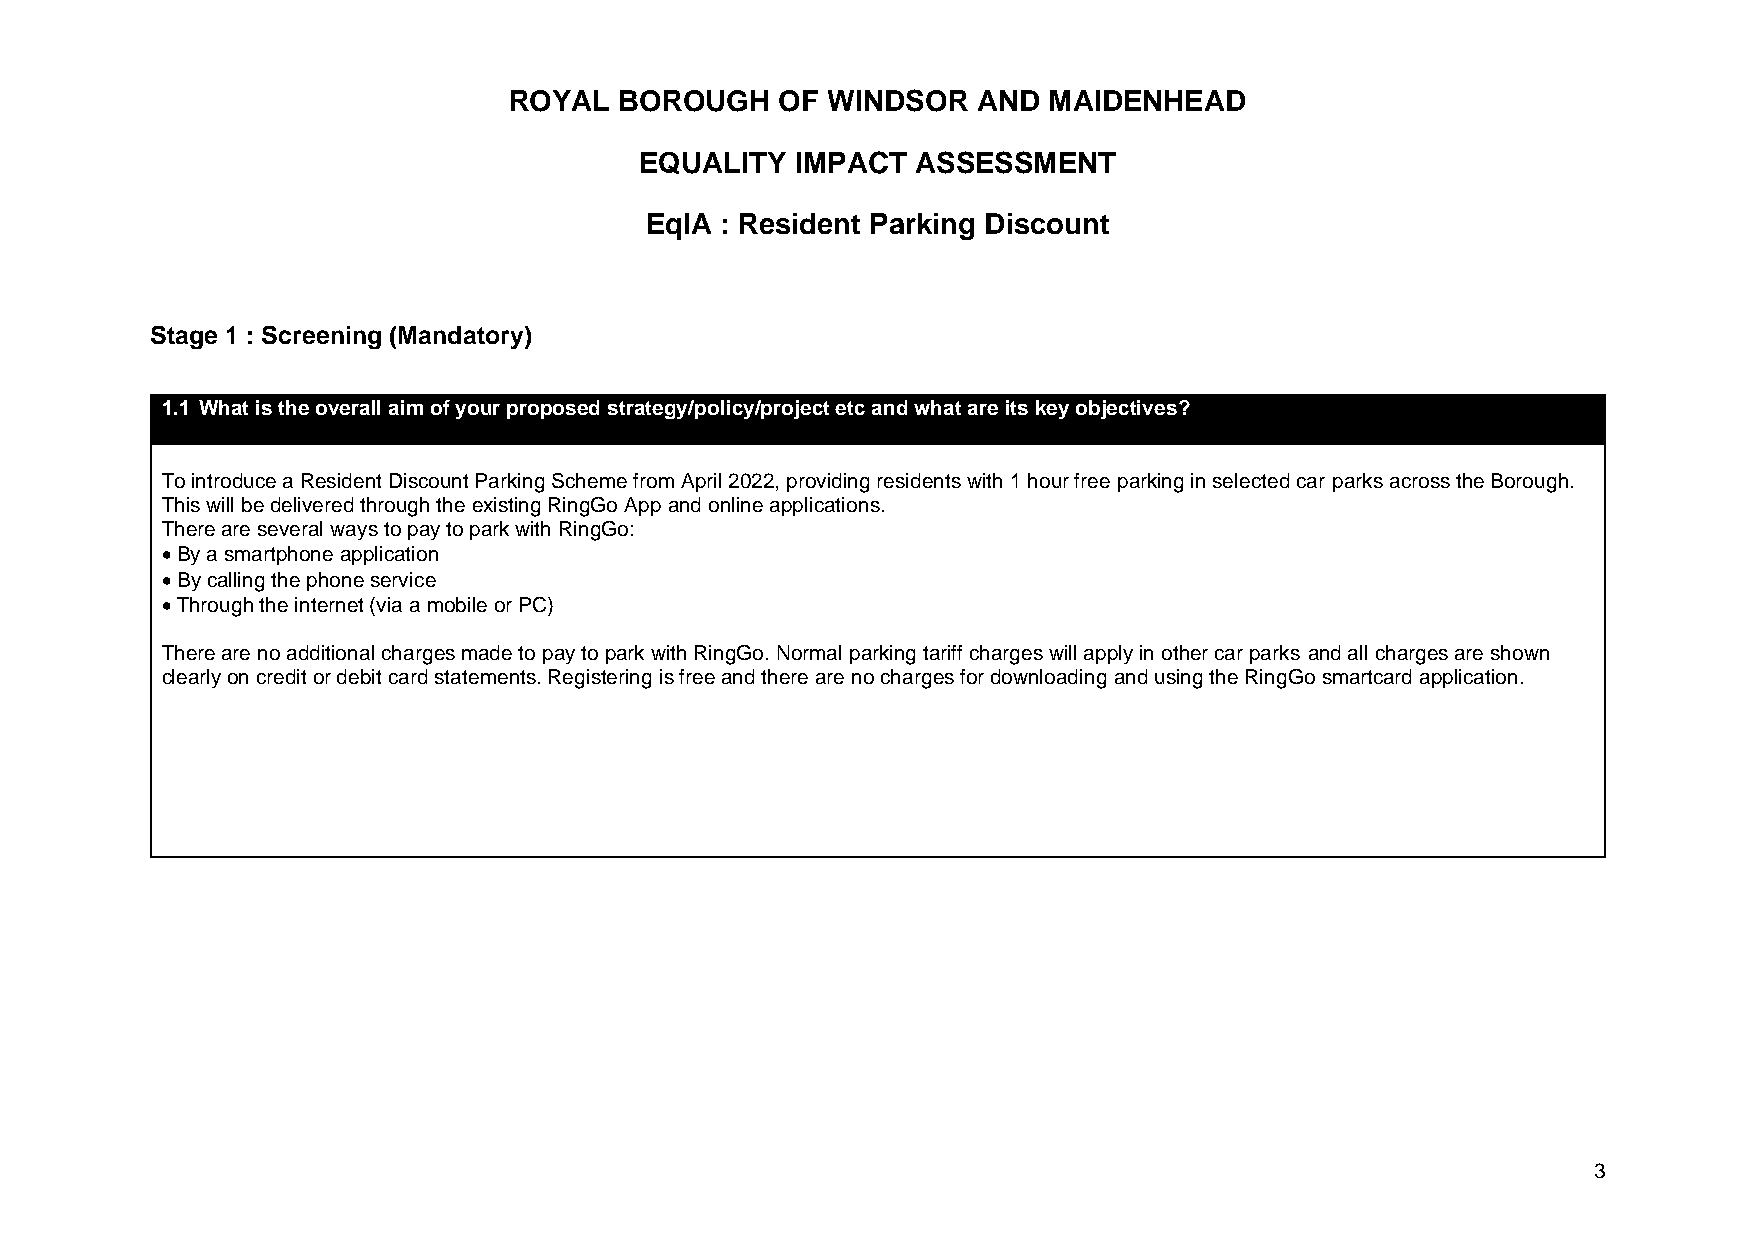
ROYAL  BOROUGH    OF WINDSOR   AND MAIDENHEAD
 EQUALITY   IMPACT  ASSESSMENT
 EqIA : Resident Parking Discount
 Stage 1 : Screening (Mandatory)
 1.1 What is the overall aim of your proposed strategy/policy/project etc and what are its key objectives?
 To introduce a Resident Discount Parking Scheme from April 2022, providing residents with 1 hour free parking in selected car parks across the Borough.
 This will be delivered through the existing RingGo App and online applications.
 There are several ways to pay to park with RingGo:
 • By a smartphone application
 • By calling the phone service
 • Through the internet (via a mobile or PC)
 There are no additional charges made to pay to park with RingGo. Normal parking tariff charges will apply in other car parks and all charges are shown
 clearly on credit or debit card statements. Registering is free and there are no charges for downloading and using the RingGo smartcard application.
 3